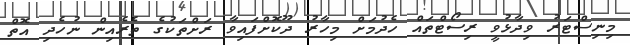
މިނިސްޓަރު ވިދާޅުވީ ރިސޯޓްތައް ހެދުމަށް މިހާރު ދޫކޮށްފައިވާ ރަށްތަކުގެ ތެރެއިން ނުހެދި އޮތް